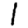
Digit: 1